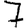
Digit: 7